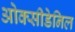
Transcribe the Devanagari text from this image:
ओक्सीडेनिल